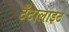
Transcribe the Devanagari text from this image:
टँटालाइट